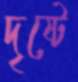
দৃষ্টে